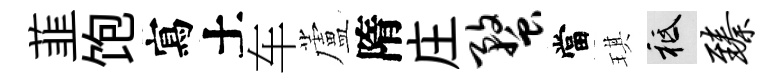
韮饱寫土车蘆隋庄蝥當琪祇臻